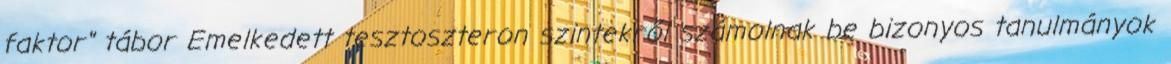
faktor" tábor Emelkedett tesztoszteron szintekről számolnak be bizonyos tanulmányok